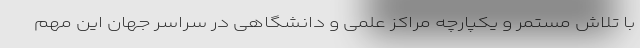
با تلاش مستمر و یکپارچه مراکز علمی و دانشگاهی در سراسر جهان این مهم